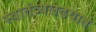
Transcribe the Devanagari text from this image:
स्वातंत्र्यलढयात